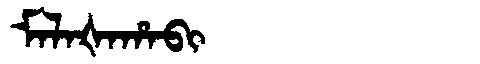
Manchu: ᠮᠠᠯᠠᡧᠠᡥᠠᠪᡳ
Romanization: MALAŠAHABI